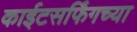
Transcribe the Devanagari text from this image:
काईटसर्फिंगच्या